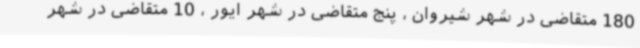
180 متقاضی در شهر شیروان ، پنج متقاضی در شهر ایور ، 10 متقاضی در شهر